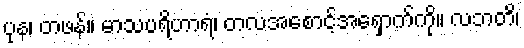
ပုန၊ တဖန်။ မာသပရိဟာရံ၊ တလအစောင့်အရှောက်ကို။ လဘတိ၊